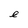
Character: e